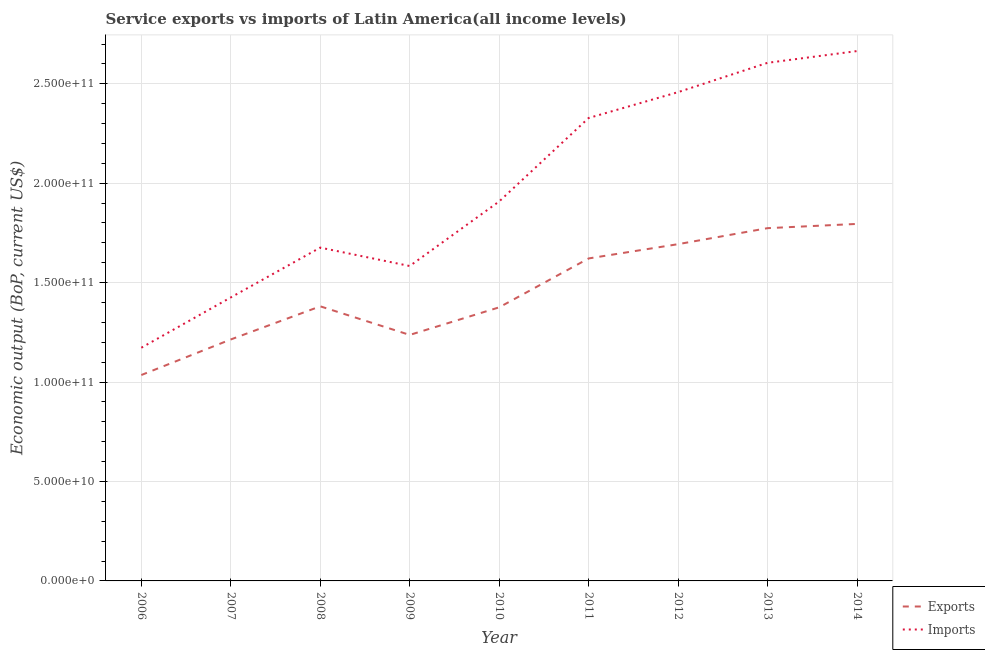
| Year | Exports | Imports |
 | --- | --- | --- |
 | 2006 | 1.04e+11 | 1.17e+11 |
 | 2007 | 1.21e+11 | 1.43e+11 |
 | 2008 | 1.38e+11 | 1.68e+11 |
 | 2009 | 1.24e+11 | 1.58e+11 |
 | 2010 | 1.38e+11 | 1.91e+11 |
 | 2011 | 1.62e+11 | 2.33e+11 |
 | 2012 | 1.69e+11 | 2.46e+11 |
 | 2013 | 1.77e+11 | 2.61e+11 |
 | 2014 | 1.8e+11 | 2.66e+11 |